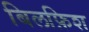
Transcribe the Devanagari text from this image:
बिलफ़िश